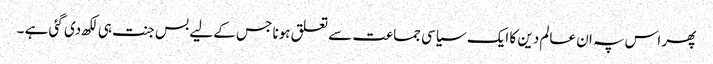
پھر اس پہ ان عالم دین کا ایک سیاسی جماعت سے تعلق ہونا جس کے لیے بس جنت ہی لکھ دی گئی ہے ۔